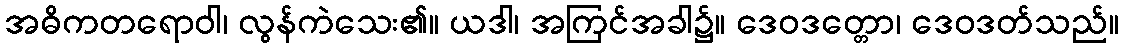
အဓိကတရောဝါ၊ လွန်ကဲသေး၏။ ယဒါ၊ အကြင်အခါ၌။ ဒေဝဒတ္တော၊ ဒေဝဒတ်သည်။